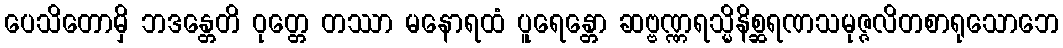
ပေသိတောမှိ ဘဒန္တေတိ ဝုတ္တေ တဿာ မနောရထံ ပူရေန္တော ဆဗ္ဗဏ္ဏရသ္မိနိစ္ဆရဏသမုဇ္ဇလိတစာရုသောဘေ